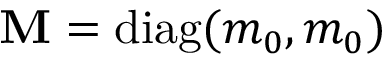
\mathbf { M } = \mathrm { d i a g } ( m _ { 0 } , m _ { 0 } )